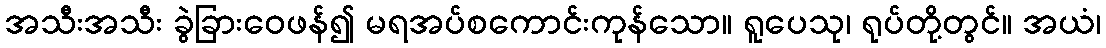
အသီးအသီး ခွဲခြားဝေဖန်၍ မရအပ်စကောင်းကုန်သော။ ရူပေသု၊ ရုပ်တို့တွင်။ အယံ၊